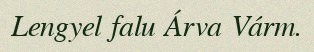
Lengyel falu Árva Várm.